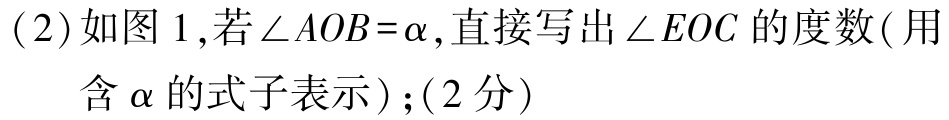
(2)如图 1,若\(\angle AOB = \alpha\),直接写出\(\angle EOC\)的度数(用含\(\alpha\)的式子表示);(2分)